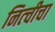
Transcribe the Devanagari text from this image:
नित्चीचा